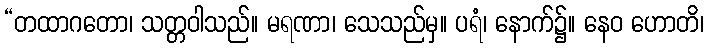
“တထာဂတော၊ သတ္တဝါသည်။ မရဏာ၊ သေသည်မှ။ ပရံ၊ နောက်၌။ နေဝ ဟောတိ၊